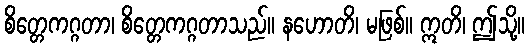
စိတ္တေကဂ္ဂတာ၊ စိတ္တေကဂ္ဂတာသည်။ နဟောတိ၊ မဖြစ်။ ဣတိ၊ ဤသို့။